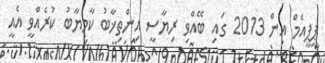
ޕީޕީއެމް އިން 2013 ގައި ބޭއްވި ރިޔާސީ އިންތިޚާބު ކާމިޔާބު ކުރެއްވީ އެއީ